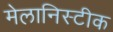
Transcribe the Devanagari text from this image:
मेलानिस्टीक